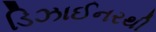
ડિઝાઈનરથી